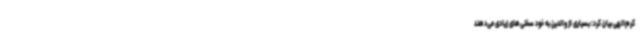
کرم‌الهی بیان کرد: بسیاری از والدین به خود سختی‌های زیادی می‌دهند